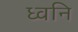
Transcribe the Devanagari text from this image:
ध्‍वनि